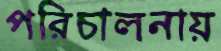
পরিচালনায়